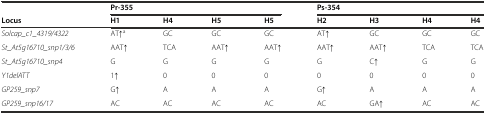
|  | <COLSPAN=4> Pr-355 | <COLSPAN=4> Ps-354 |
 | Locus | H1 | H4 | H5 | H5 | H2 | H3 | H4 | H4 |
 | --- | --- | --- | --- | --- | --- | --- | --- | --- |
 | Solcap_c1_4319/4322 | AT↑a | GC | GC | GC | AT↑ | GC | GC | GC |
 | St_At5g16710_snp1/3/6 | AAT↑ | TCA | AAT↑ | AAT↑ | AAT↑ | AAT↑ | TCA | TCA |
 | St_At5g16710_snp4 | G | G | G | G | G | C↑ | G | G |
 | Y1delATT | 1↑ | 0 | 0 | 0 | 0 | 0 | 0 | 0 |
 | GP259_snp7 | G↑ | A | A | A | G↑ | A | A | A |
 | GP259_snp16/17 | AC | AC | AC | AC | AC | GA↑ | AC | AC |